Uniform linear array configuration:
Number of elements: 24
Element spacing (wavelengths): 1
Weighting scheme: uniform
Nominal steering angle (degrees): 60
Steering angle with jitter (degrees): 58.647
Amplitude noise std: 0.05
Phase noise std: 0.05

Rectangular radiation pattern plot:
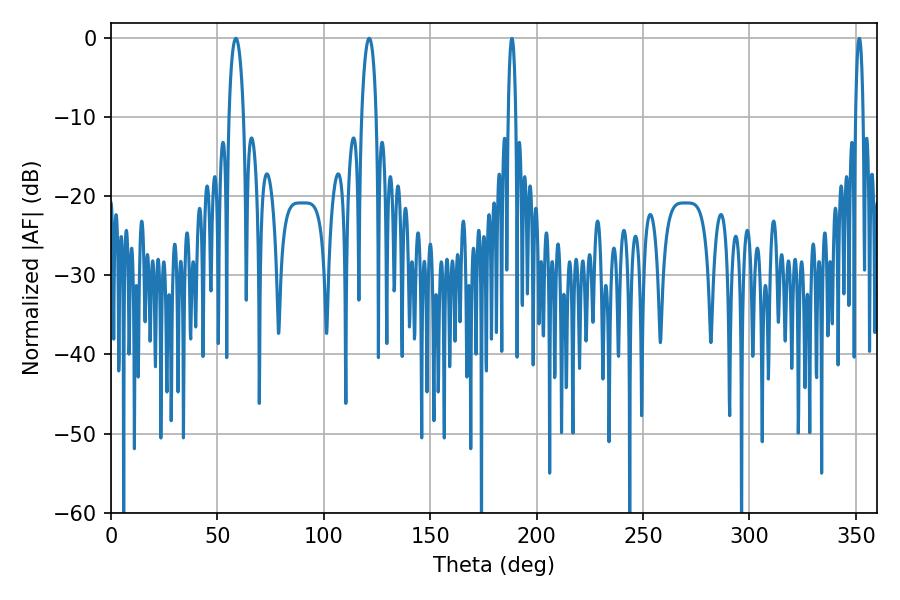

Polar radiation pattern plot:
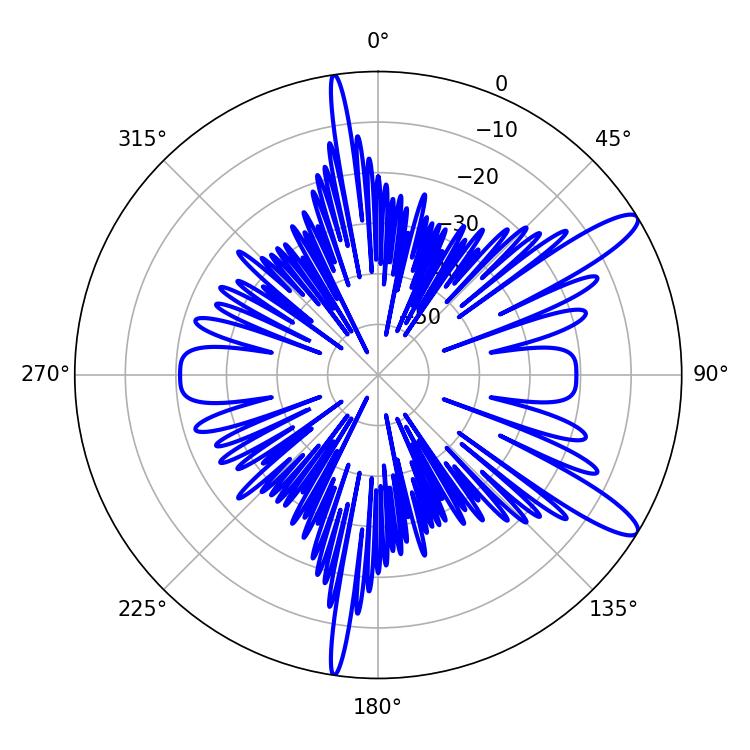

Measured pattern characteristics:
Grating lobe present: TRUE
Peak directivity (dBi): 12.143
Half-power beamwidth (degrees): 3.96
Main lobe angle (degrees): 58.68